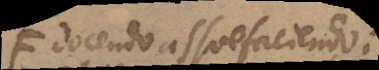
docendo assuefaciendo;